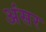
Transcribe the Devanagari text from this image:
अंसर